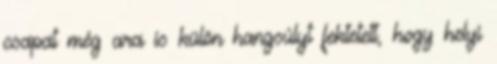
csapat még ara is külön hangsúlyt fektetett, hogy helyi